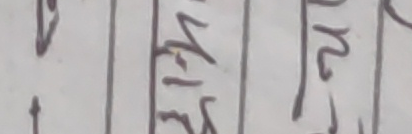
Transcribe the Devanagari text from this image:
पनी